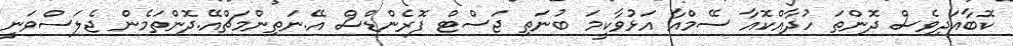
ކޮބާއަދިވެސް ދޮންތަ ހުދާއްކޮއާ ސޭމްއާ އަޅުވާކީމަ ބުނަތި ޖަސްޓް ފޮރެންޑްސް އޭ.ނަތިންމަޗްއޭ.ދޮންތަމެން ޖެލަސްވަނީ